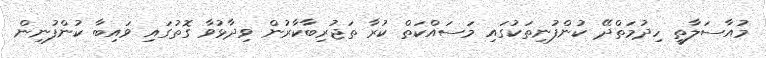
މުއާސަލާތީ ހިދުމަތްދޭ ކުންފުނިތަކުގައި މަސައްކަތް ކުރާ ތަޖުރިބާކާރުން ވިދާޅުވާ ގޮތުގައި ވައިބާ ކުންފުނިން